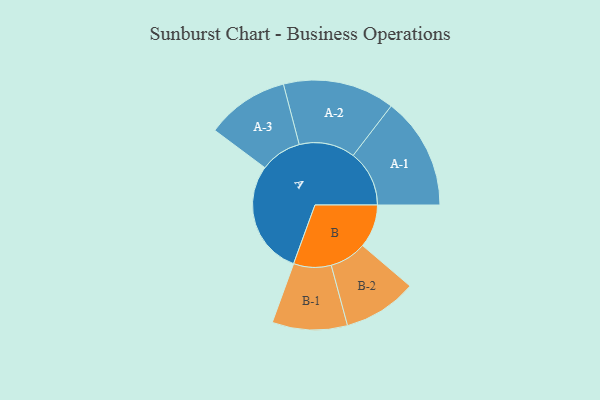
{"axis": {"x": "Segment", "y": "Value"}, "legend": ["", "A", "B"], "data": [{"x": "A", "y": 480, "type": ""}, {"x": "B", "y": 182, "type": ""}, {"x": "A-1", "y": 236, "type": "A"}, {"x": "A-2", "y": 235, "type": "A"}, {"x": "A-3", "y": 174, "type": "A"}, {"x": "B-1", "y": 158, "type": "B"}, {"x": "B-2", "y": 155, "type": "B"}]}